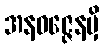
အနဝဇ္ဇေနမှိ